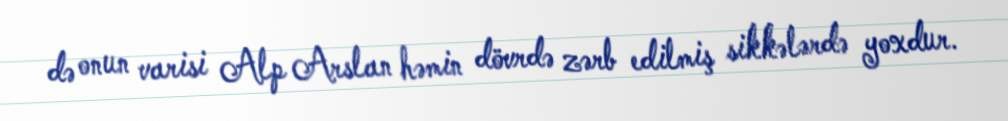
də onun varisi Alp Arslan həmin dövrdə zərb edilmiş sikkələrdə yoxdur.